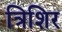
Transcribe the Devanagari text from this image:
त्रिशिर